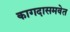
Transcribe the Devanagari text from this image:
कागदासमवेत